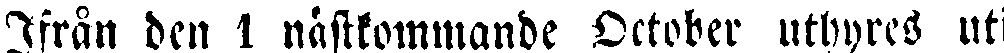
Ifrån den 1 nästkommande October uthyres uti